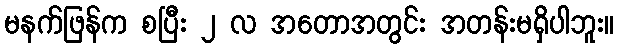
မနက်ဖြန်က စပြီး ၂ လ အတောအတွင်း အတန်းမရှိပါဘူး။